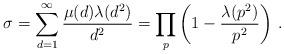
LaTeX: \begin{align*}\sigma=\sum\limits_{d=1}^\infty\frac{\mu(d)\lambda(d^2)}{d^2}=\prod_p\left(1-\frac{\lambda(p^2)}{p^2}\right)\,.\end{align*}